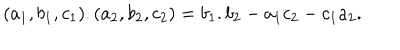
( a _ { 1 } , b _ { 1 } , c _ { 1 } ) . ( a _ { 2 } , b _ { 2 } , c _ { 2 } ) = b _ { 1 } . b _ { 2 } - a _ { 1 } c _ { 2 } - c _ { 1 } a _ { 2 } .